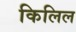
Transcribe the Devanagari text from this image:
किलिल